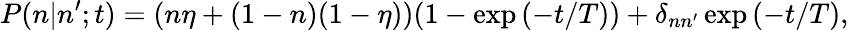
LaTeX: P(n|n^{\prime};t)=(n\eta+(1-n)(1-\eta))(1-\exp{(-t/T)})+\delta_{nn^{\prime}}\exp{(-t/T)},